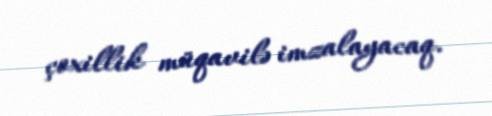
çoxillik müqavilə imzalayacaq.